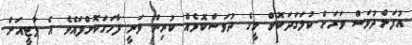
އުފަންދުވަސް ވަރަށް ކުލަގަދަކޮށް މީގެ ދުވަސްކޮޅެއް ކުރިން ވަނީ ފާހަގަކޮށްފައެވެ. އެ ޕާޓީއަށް